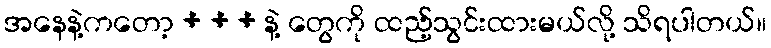
အနေနဲ့ကတော့ + + + နဲ့ တွေကို ထည့်သွင်းထားမယ်လို့ သိရပါတယ်။